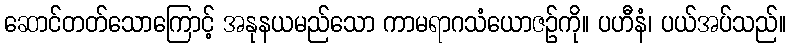
ဆောင်တတ်သောကြောင့် အနုနယမည်သော ကာမရာဂသံယောဇဉ်ကို။ ပဟီနံ၊ ပယ်အပ်သည်။